Document type: Grant
Year: 1232
Scribe: Berenguer de Clos
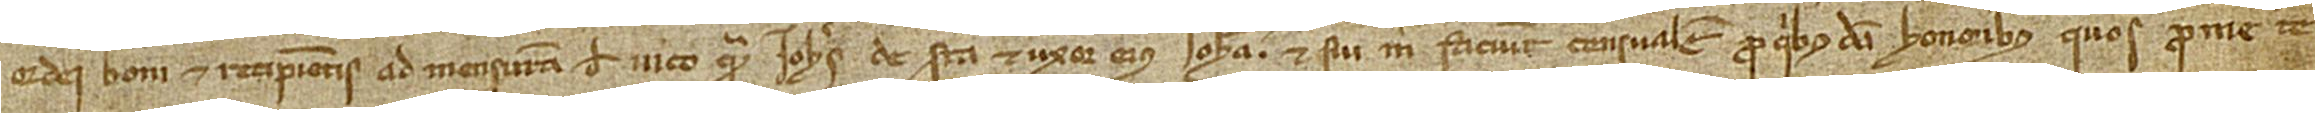
ordei boni et recipientis ad mensuram de Vico quam Iohannes de Sera et uxor eius Iohanna et sui mihi faciunt censualem. Pro quibus dicti honoribus quos pro me te-